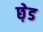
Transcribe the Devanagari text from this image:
छ़ेड